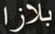
بلازا